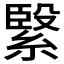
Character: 𮵾